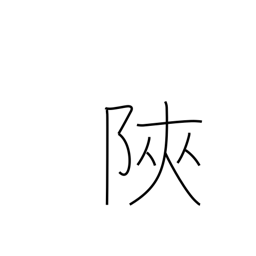
Meaning: narrow